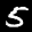
Label: 5